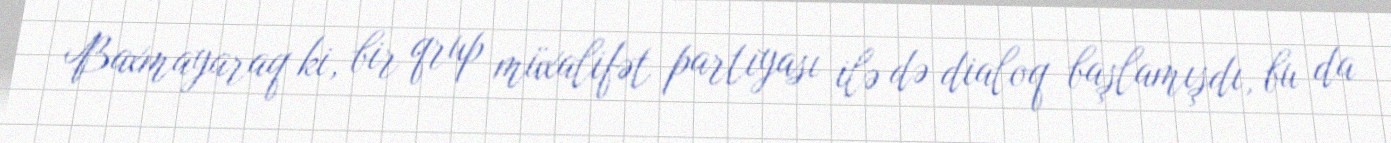
Baxmayaraq ki, bir qrup müxalifət partiyası ilə də dialoq başlamışdı, bu da